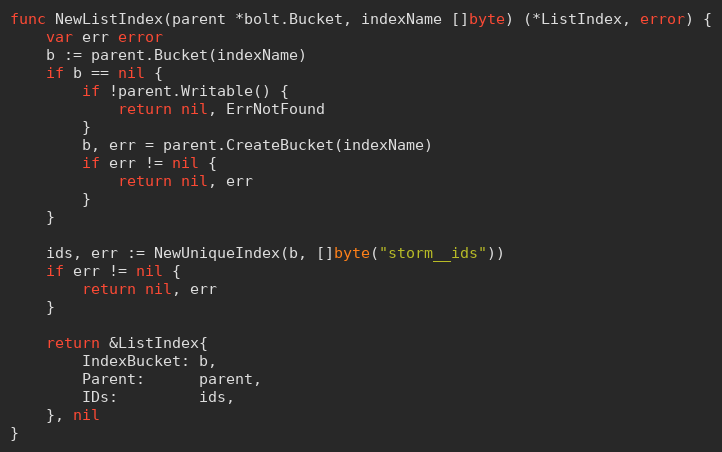
Language: Go
func NewListIndex(parent *bolt.Bucket, indexName []byte) (*ListIndex, error) {
	var err error
	b := parent.Bucket(indexName)
	if b == nil {
		if !parent.Writable() {
			return nil, ErrNotFound
		}
		b, err = parent.CreateBucket(indexName)
		if err != nil {
			return nil, err
		}
	}

	ids, err := NewUniqueIndex(b, []byte("storm__ids"))
	if err != nil {
		return nil, err
	}

	return &ListIndex{
		IndexBucket: b,
		Parent:      parent,
		IDs:         ids,
	}, nil
}